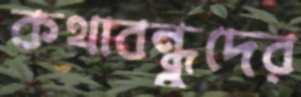
কথাবন্ধুদের